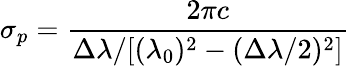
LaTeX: \sigma_{p}=\frac{{2\pi c}}{{\Delta\lambda/[(\lambda_{0})^{2}-(\Delta\lambda/2)^{2}]}}